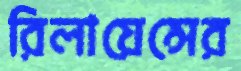
রিলায়েন্সের